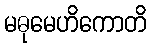
မဓုမေဟိကောတိ